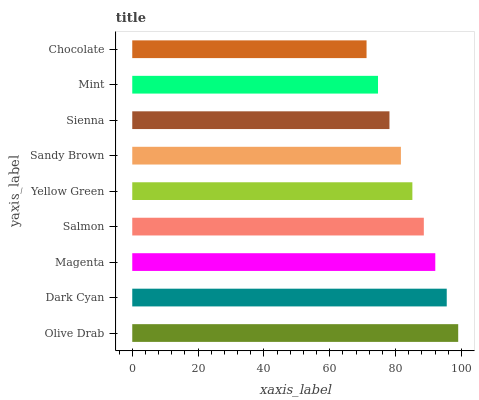
| yaxis_label | bars |
 | --- | --- |
 | Olive Drab | 99 |
 | Dark Cyan | 95.5 |
 | Magenta | 92 |
 | Salmon | 88.6 |
 | Yellow Green | 85.1 |
 | Sandy Brown | 81.6 |
 | Sienna | 78.1 |
 | Mint | 74.6 |
 | Chocolate | 71.2 |